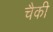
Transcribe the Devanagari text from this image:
चैकी